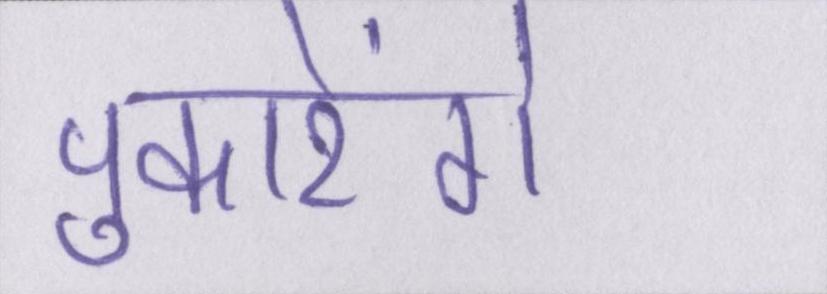
पुकारेंगे